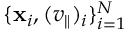
\{ \mathbf { x } _ { i } , ( v _ { \parallel } ) _ { i } \} _ { i = 1 } ^ { N }